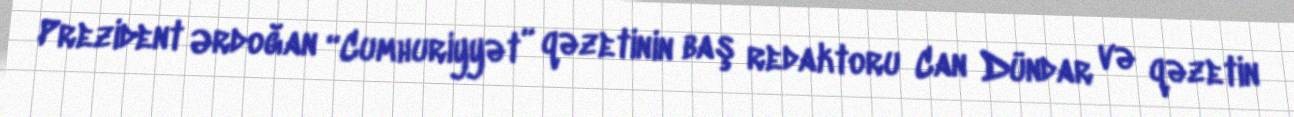
Prezident Ərdoğan “Cumhuriyyət” qəzetinin baş redaktoru Can Dündar və qəzetin